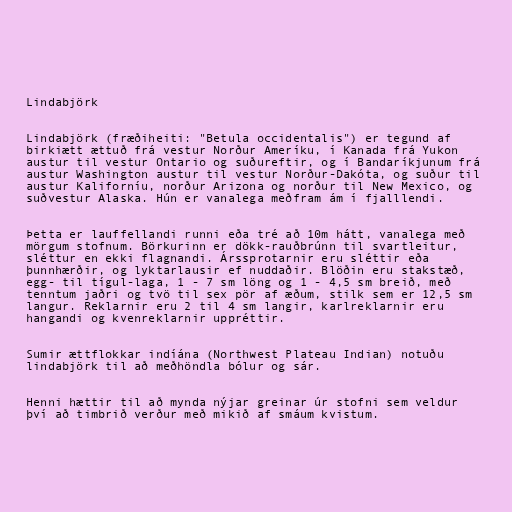
Lindabjörk

Lindabjörk (fræðiheiti: "Betula occidentalis") er tegund af
birkiætt ættuð frá vestur Norður Ameríku, í Kanada frá Yukon
austur til vestur Ontario og suðureftir, og í Bandaríkjunum frá
austur Washington austur til vestur Norður-Dakóta, og suður til
austur Kaliforníu, norður Arizona og norður til New Mexico, og
suðvestur Alaska. Hún er vanalega meðfram ám í fjalllendi.

Þetta er lauffellandi runni eða tré að 10m hátt, vanalega með
mörgum stofnum. Börkurinn er dökk-rauðbrúnn til svartleitur,
sléttur en ekki flagnandi. Árssprotarnir eru sléttir eða
þunnhærðir, og lyktarlausir ef nuddaðir. Blöðin eru stakstæð,
egg- til tígul-laga, 1 - 7 sm löng og 1 - 4,5 sm breið, með
tenntum jaðri og tvö til sex pör af æðum, stilk sem er 12,5 sm
langur. Reklarnir eru 2 til 4 sm langir, karlreklarnir eru
hangandi og kvenreklarnir uppréttir.

Sumir ættflokkar indíána (Northwest Plateau Indian) notuðu
lindabjörk til að meðhöndla bólur og sár.

Henni hættir til að mynda nýjar greinar úr stofni sem veldur
því að timbrið verður með mikið af smáum kvistum.